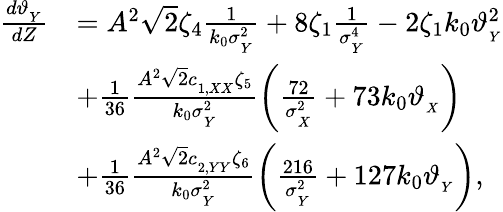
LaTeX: \begin{array}{rl}{\frac{d\vartheta_{_{Y}}}{dZ}}&{=A^{2}\sqrt{2}\zeta_{4}\frac{1}{k_{0}\sigma_{_Y}^{2}}+8\zeta_{1}\frac{1}{\sigma_{_Y}^{4}}-2\zeta_{1}k_{0}\vartheta_{_{Y}}^{2}}\\ &{+\frac{1}{36}\frac{A^{2}\sqrt{2}c_{_{1,XX}}\zeta_{5}}{k_{0}\sigma_{_Y}^{2}}\left(\frac{72}{\sigma_{_X}^{2}}+73k_{0}\vartheta_{_{X}}\right)}\\ &{+\frac{1}{36}\frac{A^{2}\sqrt{2}c_{_{2,YY}}\zeta_{6}}{k_{0}\sigma_{_Y}^{2}}\left(\frac{216}{\sigma_{_Y}^{2}}+127k_{0}\vartheta_{_{Y}}\right),}\end{array}